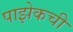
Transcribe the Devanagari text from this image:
पाझेकची